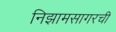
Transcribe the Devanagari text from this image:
निझामसागरची